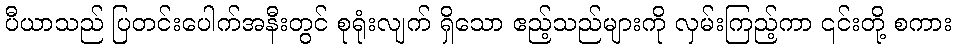
ပီယာသည် ပြတင်းပေါက်အနီးတွင် စုရုံးလျက် ရှိသော ဧည့်သည်များကို လှမ်းကြည့်ကာ ၎င်းတို့ စကား